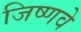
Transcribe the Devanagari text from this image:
जिष्णवे